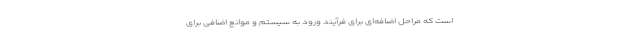
است که مراحل اضافه‌ای برای فرآیند ورود به سیستم و موانع اضافی برای